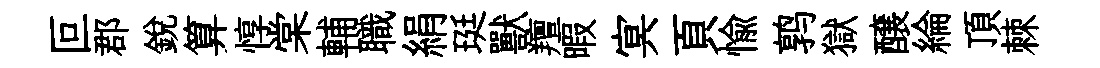
叵郡銳算惇棠輔職絹珽獸羶暇㝠頁愉鹑獄醸綸頂棘